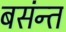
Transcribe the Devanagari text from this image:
बसंन्त